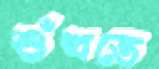
শুঁখতে